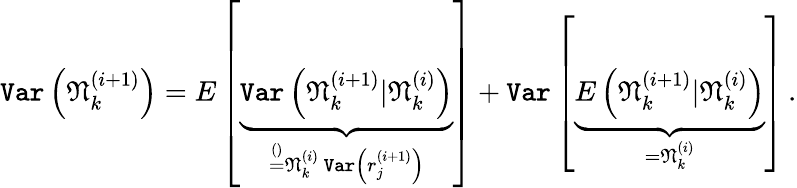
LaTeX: \texttt{Var}\left(\mathfrak{N}_{k}^{(i+1)}\right)=E\left[\underbrace{\texttt{Var}\left(\mathfrak{N}_{k}^{(i+1)}|\mathfrak{N}_{k}^{(i)}\right)}_{\stackrel{()}{=}\mathfrak{N}_{k}^{(i)}~\texttt{Var}\left(r_{j}^{(i+1)}\right)}\right]+\texttt{Var}\left[\underbrace{E\left(\mathfrak{N}_{k}^{(i+1)}|\mathfrak{N}_{k}^{(i)}\right)}_{=\mathfrak{N}_{k}^{(i)}}\right]\, .